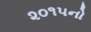
૨૦૧૫નો